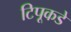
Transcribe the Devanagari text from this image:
टिपूकडे